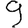
Digit: 9